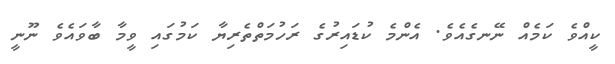
ކީއްވެ ކަމެއް ނޭނގެއެވެ. އެންމެ ކުޑައިރުގެ ރަހުމަތްތެރިޔާ ކަމުގައި ވީމާ ބާވައެވެ ނޫނީ